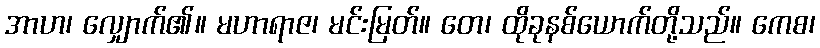
အာဟ၊ လျှောက်၏။ မဟာရာဇ၊ မင်းမြတ်။ တေ၊ ထိုခုနစ်ယောက်တို့သည်။ ကေစ၊